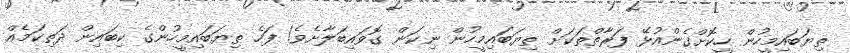
ތިޔަބައިމީހުން ހީކޮށްގެންއުޅޭ ފަރާތްތަކަށް ތިޔަބައިމީހުން ނިކަން ގޮވައިބަލާށެވެ! ފަހެ ތިޔަބައިމީހުންގެ ކިބައިން ދަތިކަމެއް